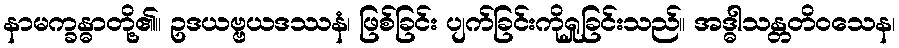
နာမက္ခန္ဓာတို့၏။ ဥဒယဗ္ဗယဒဿနံ၊ ဖြစ်ခြင်း ပျက်ခြင်းကိုရှုခြင်းသည်။ အဒ္ဓါသန္တတိဝသေန၊